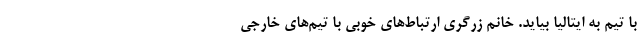
با تیم به ایتالیا بیاید. خانم زرگری ارتباط‌های خوبی با تیم‌های خارجی